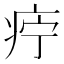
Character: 𰣩